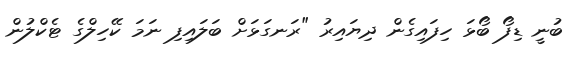
ބުނީ ޑިފޯ ބޯޅަ ހިފައިގެން ދިޔައިރު "ރަނގަޅަށް ބަލައިފި ނަމަ ކޭހިލްގެ ޓެކްލުން